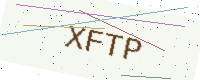
Text: XFTP